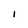
Character: i